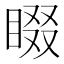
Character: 𭿁